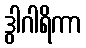
ဒွါဂါရိကာ